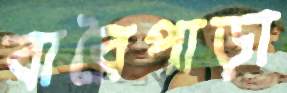
বারৈপাড়া